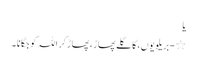
یا
٭ - بریلویوں ، کا گلے پھاڑ ، پھاڑ کر اللہ کو جگانا ۔